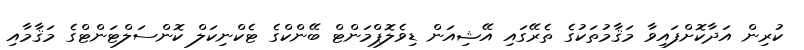
ކުރިން އަދާކޮށްފައިވާ މަޤާމުތަކުގެ ތެރޭގައި އޭޝިއަން ޑިވެލޮޕްމަންޓް ބޭންކްގެ ޓެކްނިކަލް ކޮންސަލްޓަންޓްގެ މަޤާމާއި